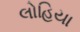
લોહિયા